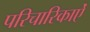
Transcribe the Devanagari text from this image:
परिचारिकाऐं